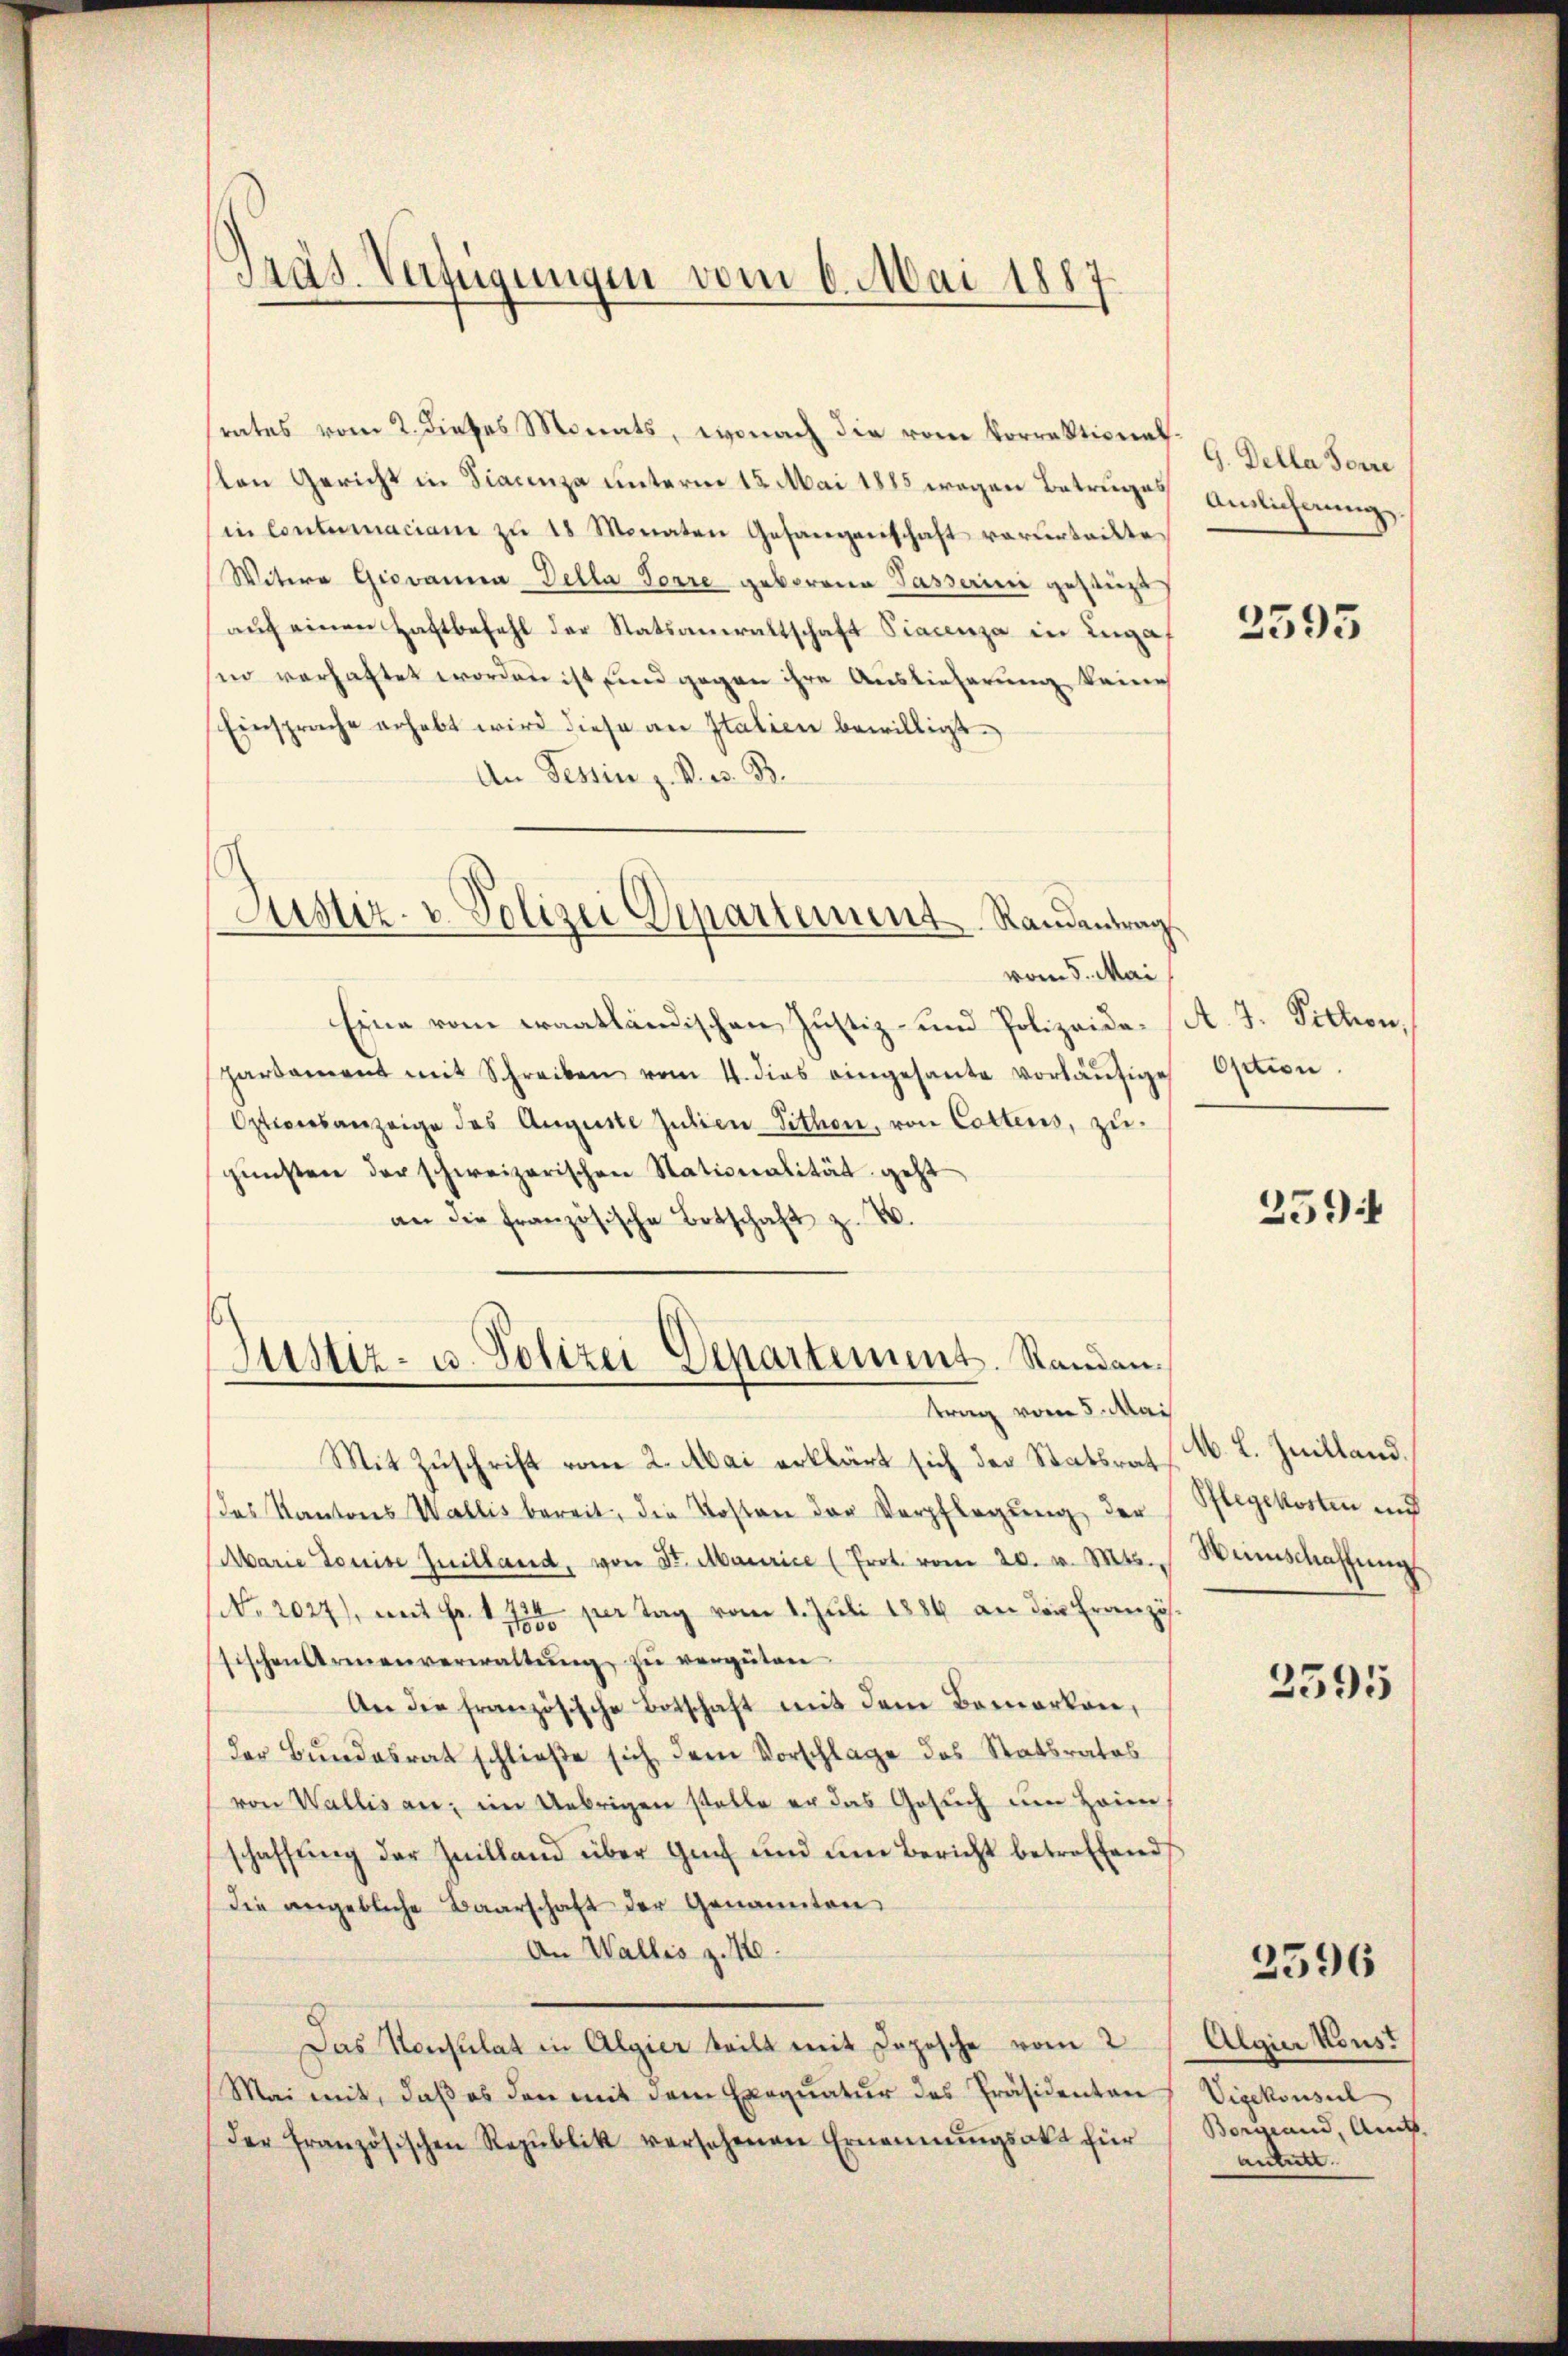
Präs. Verfügungen vom 6. Mai 1887

rates vom 2. dieses Monats, wonach die vom Vorrektionat E. Gella Sorre
ton Gericht in Fiacenza unterm 15. Mai 1885 wegen Betruges Anlichnungsin Contumaciam zŭ 18 Monaten Gesangenschaft vorurteilte
Witere Giovanna della Forre geborene Passerini gestüzt
auf einen Haftbefehl der Statsanwaltschaft Fiacenza in Luga
sin verhaftet worden ist und gegen ihre Auslieferung keine
Einsprache erhebt wird diese an Italien bewilligt.
An Tessine z. Bres. B.

vom 5. Mai
Eine vom Fraatländischen Justiz- und Polizeide (A. J. Pithon,
hardament mit Schreiben vom 4. dies eingesante vorläŭfige
Optionsanzeige des Auguste Julien-Sithon, von Cottens, zugŭnsten der schweizerischen Stationalität geht
an die französische Botschaft z. B.

Justiz- u. Polizei Departement Randentrag

.
Justiz- u. Polizei Separtement. Standen.
trag vom 5. Mai

Mit Zuschrift vom 2. Mai erklärt sich der Statsrat
Das Kantons Wallis bereit, die Kosten der Verpflegung der
Marie Louise Zuilland, von St. Maurice (Prot. vom 20. v. Mts.
No. 2027), mit Fr. 1. 724 per Tag vom 1. Juli 1884 an der Französsischen Armenverwaltŭng zŭ vergüten
An die französische Botschaft mit dem Bemerken,
der Bundesrat schließe sich dem Vorschlage des Statsrates
von Wallis an, im Uebrigen stelle er das Gesŭch ŭm Heim,
schaffung der Zeilland über Genf und um Bericht betroffend
die angebliche Baarschaft der Genannten
An Wallis z. 10.
Das Konsulat in Algier teilt mit Dopische vom 2
Mai mit, daβ es den mit dem Exequatur des Präsidenten Vizekonsul
der französischen Republik versehenen Ernennungsakt für

2595

Option.

259

M. L. Juilland.
Pflegekosten und
Weinschaffung

2395

2596

Algier Konst
Borgand, Amts
antritt.